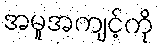
အမူအကျင့်ကို